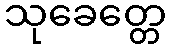
သုခေတ္တေ